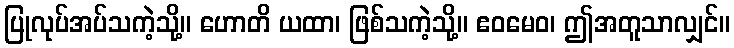
ပြုလုပ်အပ်သကဲ့သို့။ ဟောတိ ယထာ၊ ဖြစ်သကဲ့သို့။ ဧဝမေဝ၊ ဤအတူသာလျှင်။